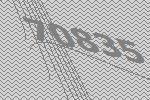
70835